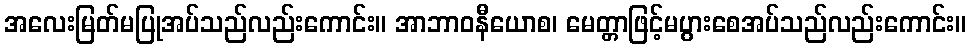
အလေးမြတ်မပြုအပ်သည်လည်းကောင်း။ အာဘာဝနီယောစ၊ မေတ္တာဖြင့်မပွားစေအပ်သည်လည်းကောင်း။